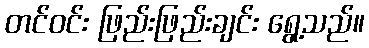
တင်ဝင်း ဖြည်းဖြည်းချင်း ရွေ့သည်။